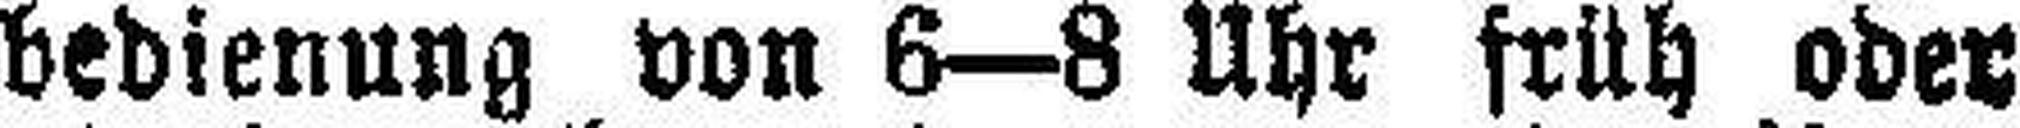
bedienung von 6—8 Uhr früh oder